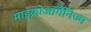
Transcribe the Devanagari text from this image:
माइक्रोऑर्गैनिज्म